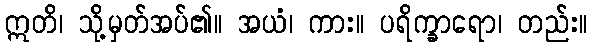
ဣတိ၊ သို့မှတ်အပ်၏။ အယံ၊ ကား။ ပရိက္ခာရော၊ တည်း။